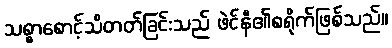
သစ္စာစောင့်သိတတ်ခြင်းသည် ဖဲင်နီ၏စရိုက်ဖြစ်သည်။